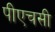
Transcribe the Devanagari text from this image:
पीएचसी